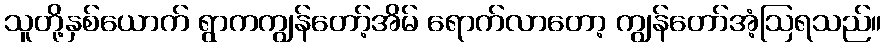
သူတို့နှစ်ယောက် ရွာကကျွန်တော့်အိမ် ရောက်လာတော့ ကျွန်တော်အံ့ဩရသည်။